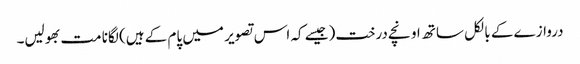
دروازے کے بالکل ساتھ اونچے درخت (جیسے کہ اس تصویر میں پام کے ہیں) لگانا مت بھولیں۔